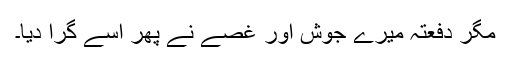
مگر دفعتہً میرے جوش اور غصے نے پھر اسے گرا دیا۔